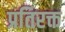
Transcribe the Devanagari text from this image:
प्रतिरक्त